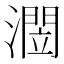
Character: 𭲻